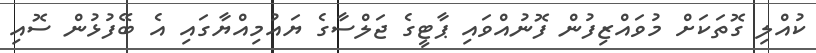
ކުއްލި ގޮތަކަށް މުވައްޒިފުން ފޮނުއްވައި ޕާޓީގެ ޖަލްސާގެ ޔައުމިއްޔާގައި އެ ބޭފުޅުން ސޮއި